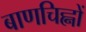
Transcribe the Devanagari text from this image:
बाणचिह्नों